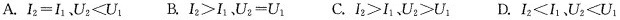
A.$$I_{2}=I_{1}$$、$$U_{2}<U_{1} $$ B.$$I_{2}＞I_{1}$$、$$U_{2}=U_{1} $$ C.$$I_{2}>I_{1}$$、$$U_{2}＞$$U_{1} D.$$I_{2}＜I_{1}$$、$$U_{2}＜U_{1}$$